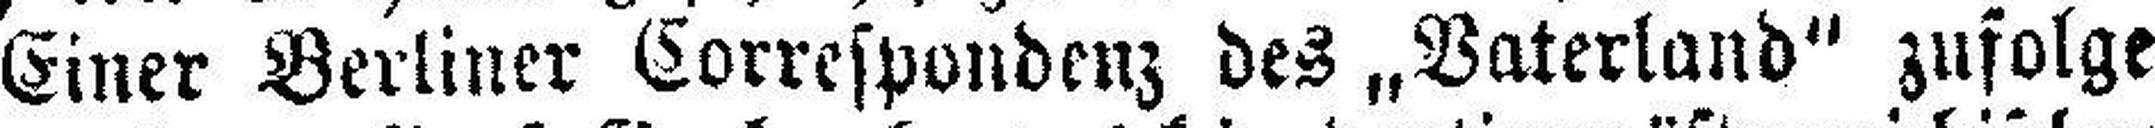
Einer Berliner Correspondenz des „Vaterland“ zufolge